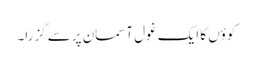
کوؤں کا ایک غول آسمان پرسے گزرا۔